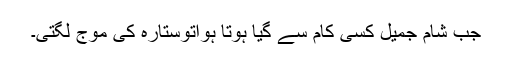
جب شام جمیل کسی کام سے گیا ہوتا ہواتوستارہ کی موج لگتی۔